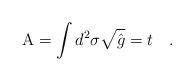
LaTeX: \begin{align*}{\rm A} = \int d^2\sigma {\sqrt{\hat g}} =t \quad .\end{align*}